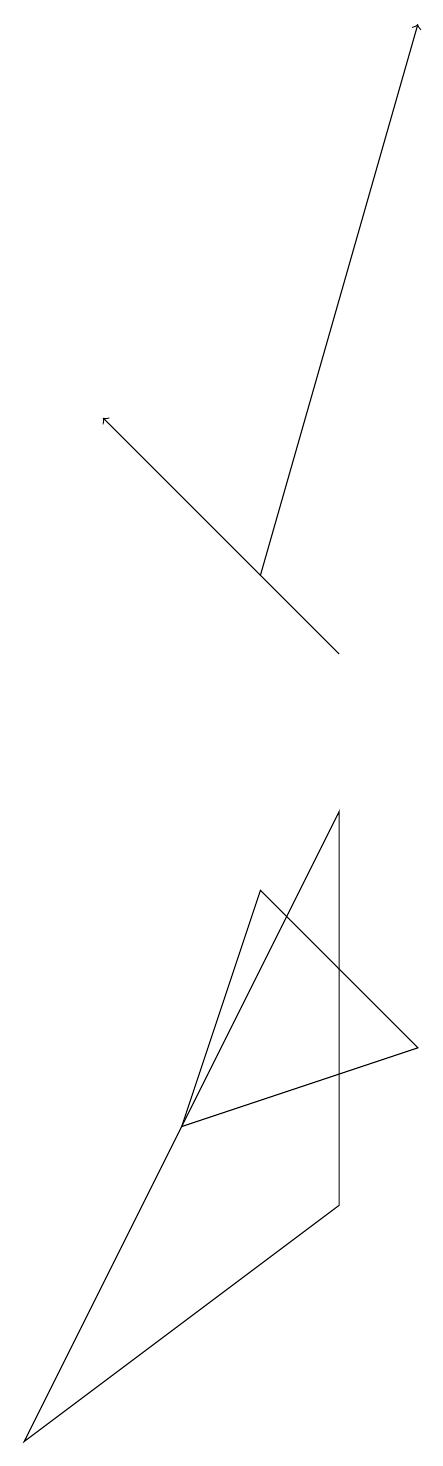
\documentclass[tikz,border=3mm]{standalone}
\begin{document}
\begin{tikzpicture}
\draw (6,7) -- (5,4) -- (8,5) -- cycle;
\draw[->] (7,10) -- (4,13);
\draw[->] (6,11) -- (8,18);
\draw (3,0) -- (7,3) -- (7,8) -- cycle;
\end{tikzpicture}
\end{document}